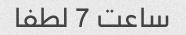
ساعت 7 لطفا